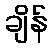
ချိန်